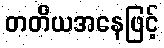
တတိယအနေဖြင့်